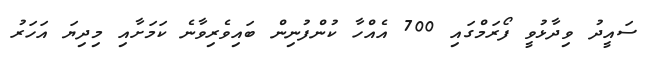
ސައީދު ވިދާޅުވީ ފޯރަމްގައި 700 އެއްހާ ކުންފުނިން ބައިވެރިވާނެ ކަމަށާއި މިދިޔަ އަހަރު